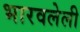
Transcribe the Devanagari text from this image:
भारवलेली